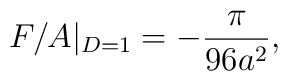
F/A|_{D=1} =-{\pi\over 96 a^2},